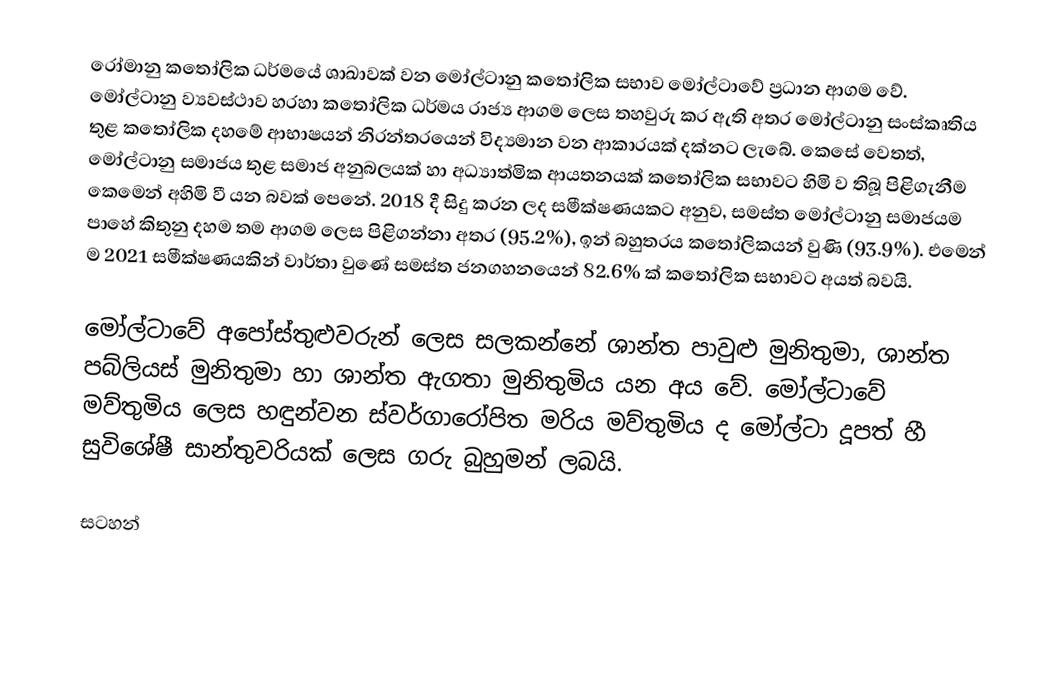
රෝමානු කතෝලික ධර්මයේ ශාඛාවක් වන මෝල්ටානු කතෝලික සභාව මෝල්ටාවේ ප්‍රධාන ආගම වේ. මෝල්ටානු ව්‍යවස්ථාව හරහා කතෝලික ධර්මය රාජ්‍ය ආගම ලෙස තහවුරු කර ඇති අතර මෝල්ටානු සංස්කෘතිය තුළ කතෝලික දහමේ ආභාෂයන් නිරන්තරයෙන් විද්‍යමාන වන ආකාරයක් දක්නට ලැබේ. කෙසේ වෙතත්, මෝල්ටානු සමාජය තුළ සමාජ අනුබලයක් හා අධ්‍යාත්මික ආයතනයක් කතෝලික සභාවට හිමි ව තිබූ පිළිගැනීම කෙමෙන් අහිමි වී යන බවක් පෙනේ. 2018 දී සිදු කරන ලද සමීක්ෂණයකට අනුව, සමස්ත මෝල්ටානු සමාජයම පාහේ කිතුනු දහම තම ආගම ලෙස පිළිගන්නා අතර (95.2%), ඉන් බහුතරය කතෝලිකයන් වුණි (93.9%). එමෙන් ම 2021 සමීක්ෂණයකින් වාර්තා වුණේ සමස්ත ජනගහනයෙන් 82.6% ක් කතෝලික සභාවට අයත් බවයි.

මෝල්ටාවේ අපෝස්තුළුවරුන් ලෙස සලකන්නේ ශාන්ත පාවුළු මුනිතුමා, ශාන්ත පබ්ලියස් මුනිතුමා හා ශාන්ත ඇගතා මුනිතුමිය යන අය වේ. මෝල්ටාවේ මව්තුමිය ලෙස හඳුන්වන ස්වර්ගාරෝපිත මරිය මව්තුමිය ද මෝල්ටා දූපත් හී සුවිශේෂී සාන්තුවරියක් ලෙස ගරු බුහුමන් ලබයි.

සටහන්